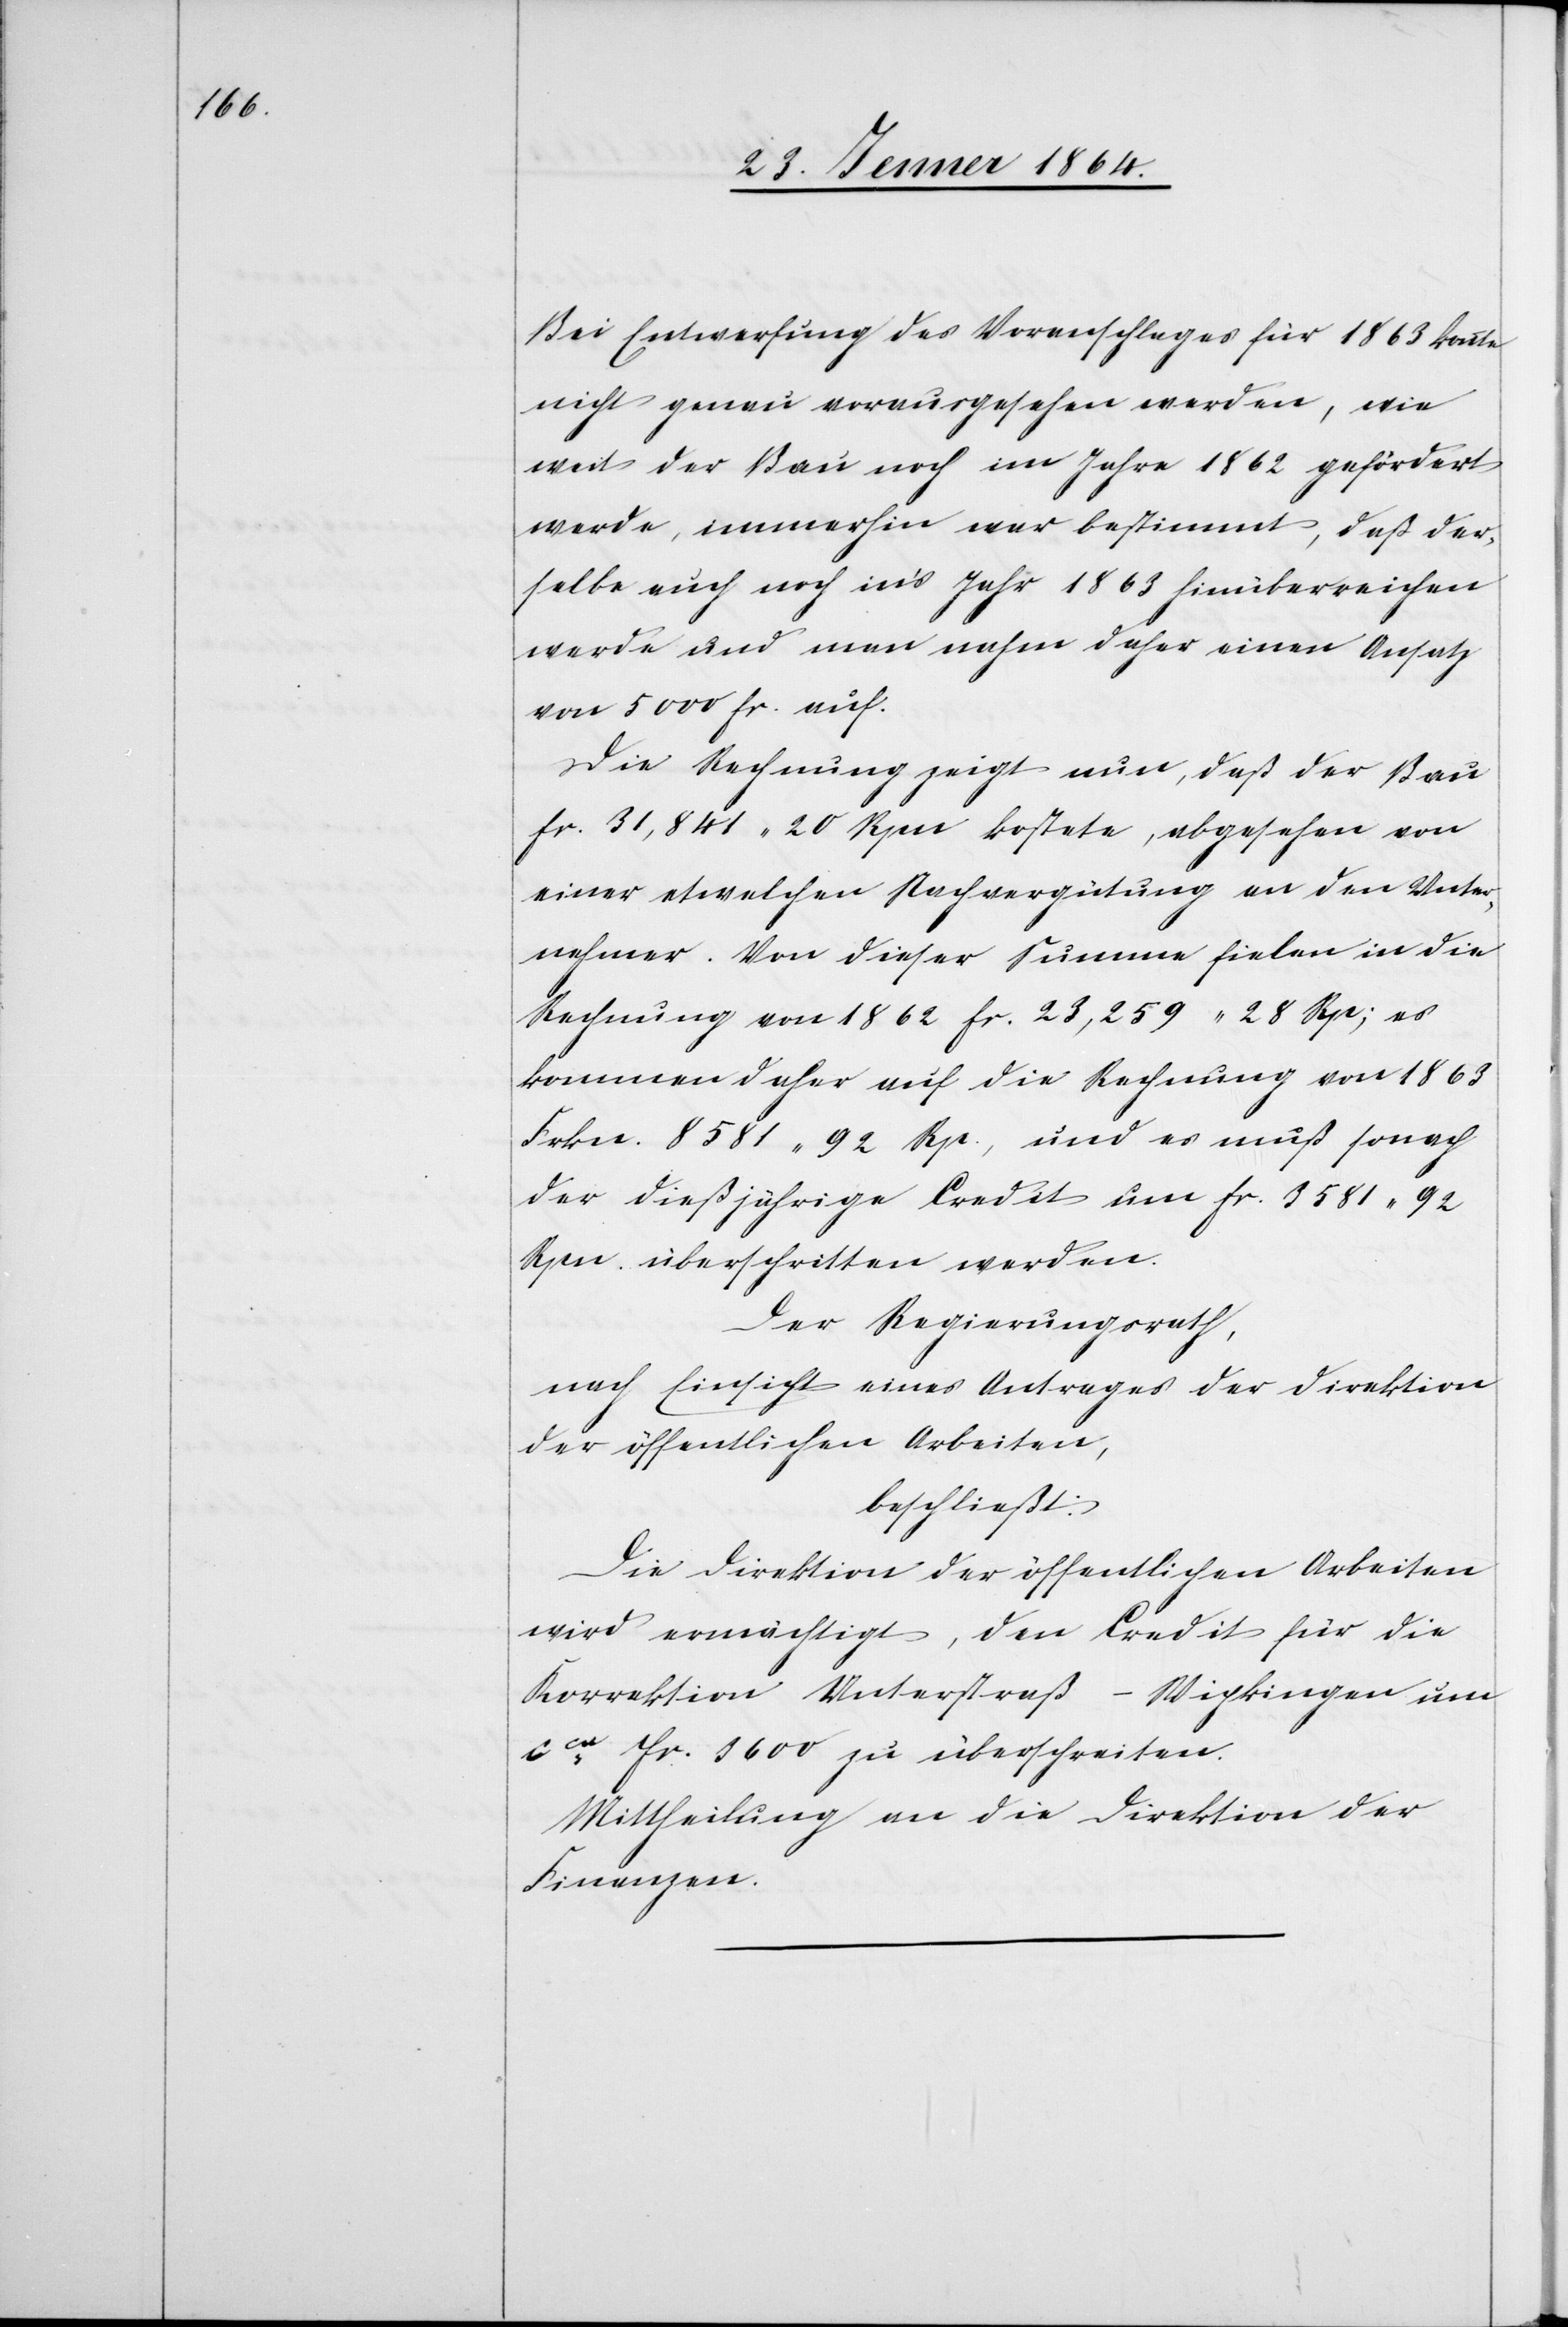
Bei Entwerfung des Voranschlages für 1863 konnte
nicht genau vorausgesehen werden, wie
weit der Bau noch im Jahre 1862 gefördert
werde, immerhin war bestimmt, daß der¬
selbe auch noch in’s Jahr 1863 hinübereichen
werde und man nahm daher einen Ansatz
von 5000 fr. auf.
Die Rechnung zeigt nun, daß der Bau
fr. 31,841 20 Rpn kostete, abgesehen von
einer etwelchen Nachvergütung an den Unter¬
nehmer. Von dieser Summe fielen in die
Rechnung von 1862 fr. 23,259 28 Rp; es
kommen daher auf die Rechnung von 1863
Frkn. 8581 92 Rp., und es muß sonach
der dießjährige Credit um fr. 3581 92
Rpn. überschritten werden.
Der Regierungsrath,
nach Einsicht eines Antrages der Direktion
der öffentlichen Arbeiten,
beschließt:
Die Direktion der öffentlichen Arbeiten
wird ermächtigt, den Credit für die
Korrektion Unterstraß – Wipkingen um
cca Fr. 3600 zu überschreiten.
Mittheilung an die Direktion der
Finanzen.